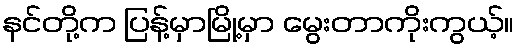
နင်တို့က ပြန့်မှာမြို့မှာ မွေးတာကိုးကွယ့်။